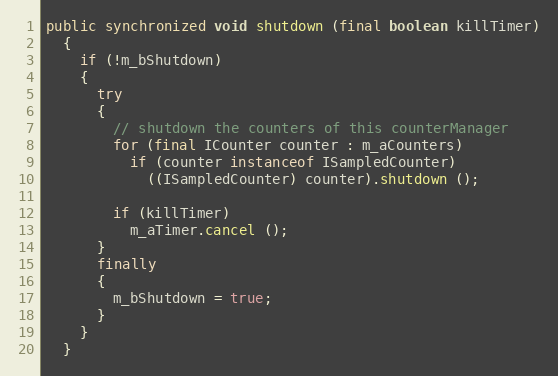
Language: Java
public synchronized void shutdown (final boolean killTimer)
  {
    if (!m_bShutdown)
    {
      try
      {
        // shutdown the counters of this counterManager
        for (final ICounter counter : m_aCounters)
          if (counter instanceof ISampledCounter)
            ((ISampledCounter) counter).shutdown ();

        if (killTimer)
          m_aTimer.cancel ();
      }
      finally
      {
        m_bShutdown = true;
      }
    }
  }